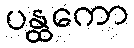
ပန္ထကော